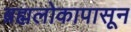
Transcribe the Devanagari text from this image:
ब्रह्मलोकापासून